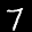
Label: 7